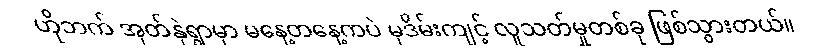
ဟိုဘက် အုတ်နှဲရွာမှာ မနေ့တနေ့ကပဲ မုဒိမ်းကျင့် လူသတ်မှုတစ်ခု ဖြစ်သွားတယ်။